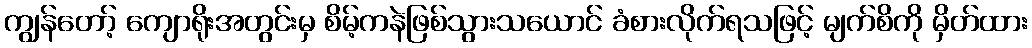
ကျွန်တော့် ကျောရိုးအတွင်းမှ စိမ့်ကနဲဖြစ်သွားသယောင် ခံစားလိုက်ရသဖြင့် မျက်စိကို မှိတ်ထား